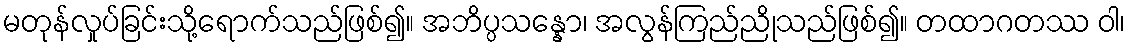
မတုန်လှုပ်ခြင်းသို့ရောက်သည်ဖြစ်၍။ အဘိပ္ပသန္နော၊ အလွန်ကြည်ညိုသည်ဖြစ်၍။ တထာဂတဿ ဝါ၊